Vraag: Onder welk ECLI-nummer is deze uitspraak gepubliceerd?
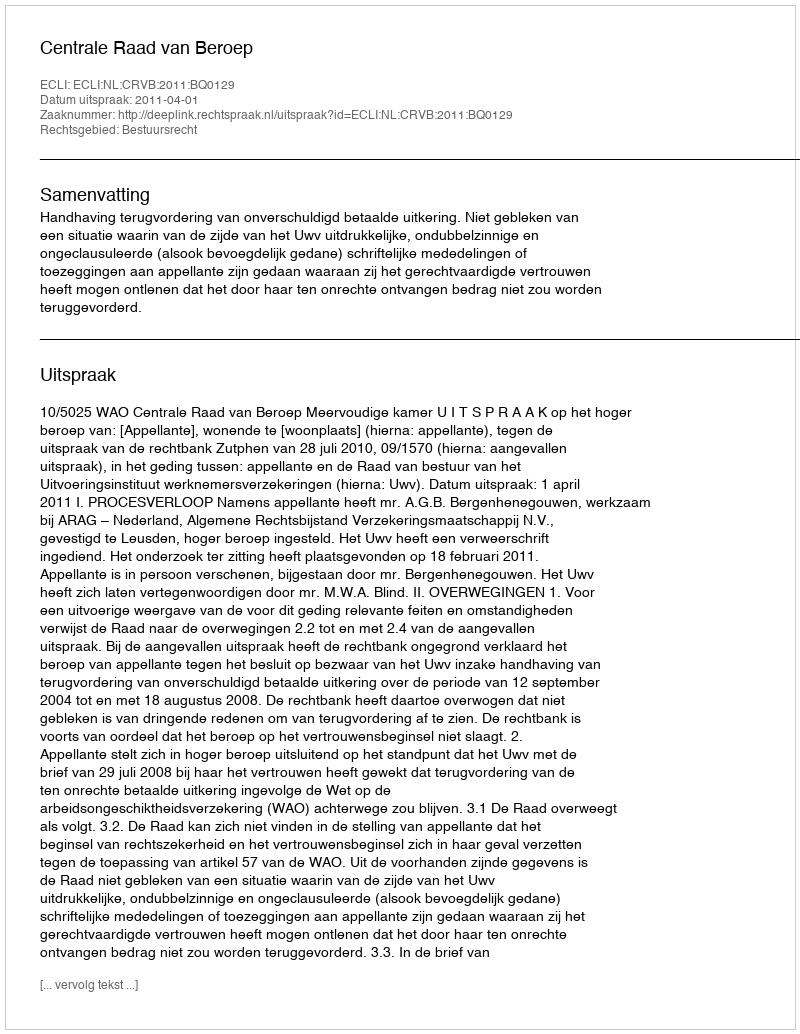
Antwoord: ECLI:NL:CRVB:2011:BQ0129